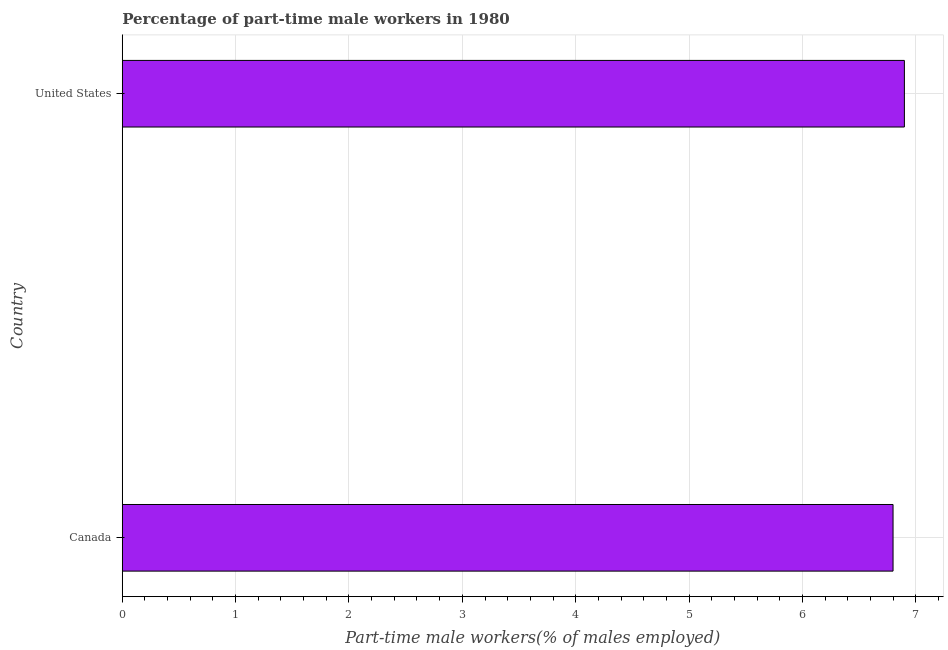
| Country | Part time employment |
 | --- | --- |
 | Canada | 6.8 |
 | United States | 6.9 |